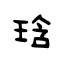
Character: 琀